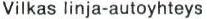
Vilkas linja-autoyhteys